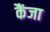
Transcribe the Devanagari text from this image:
कैंजा